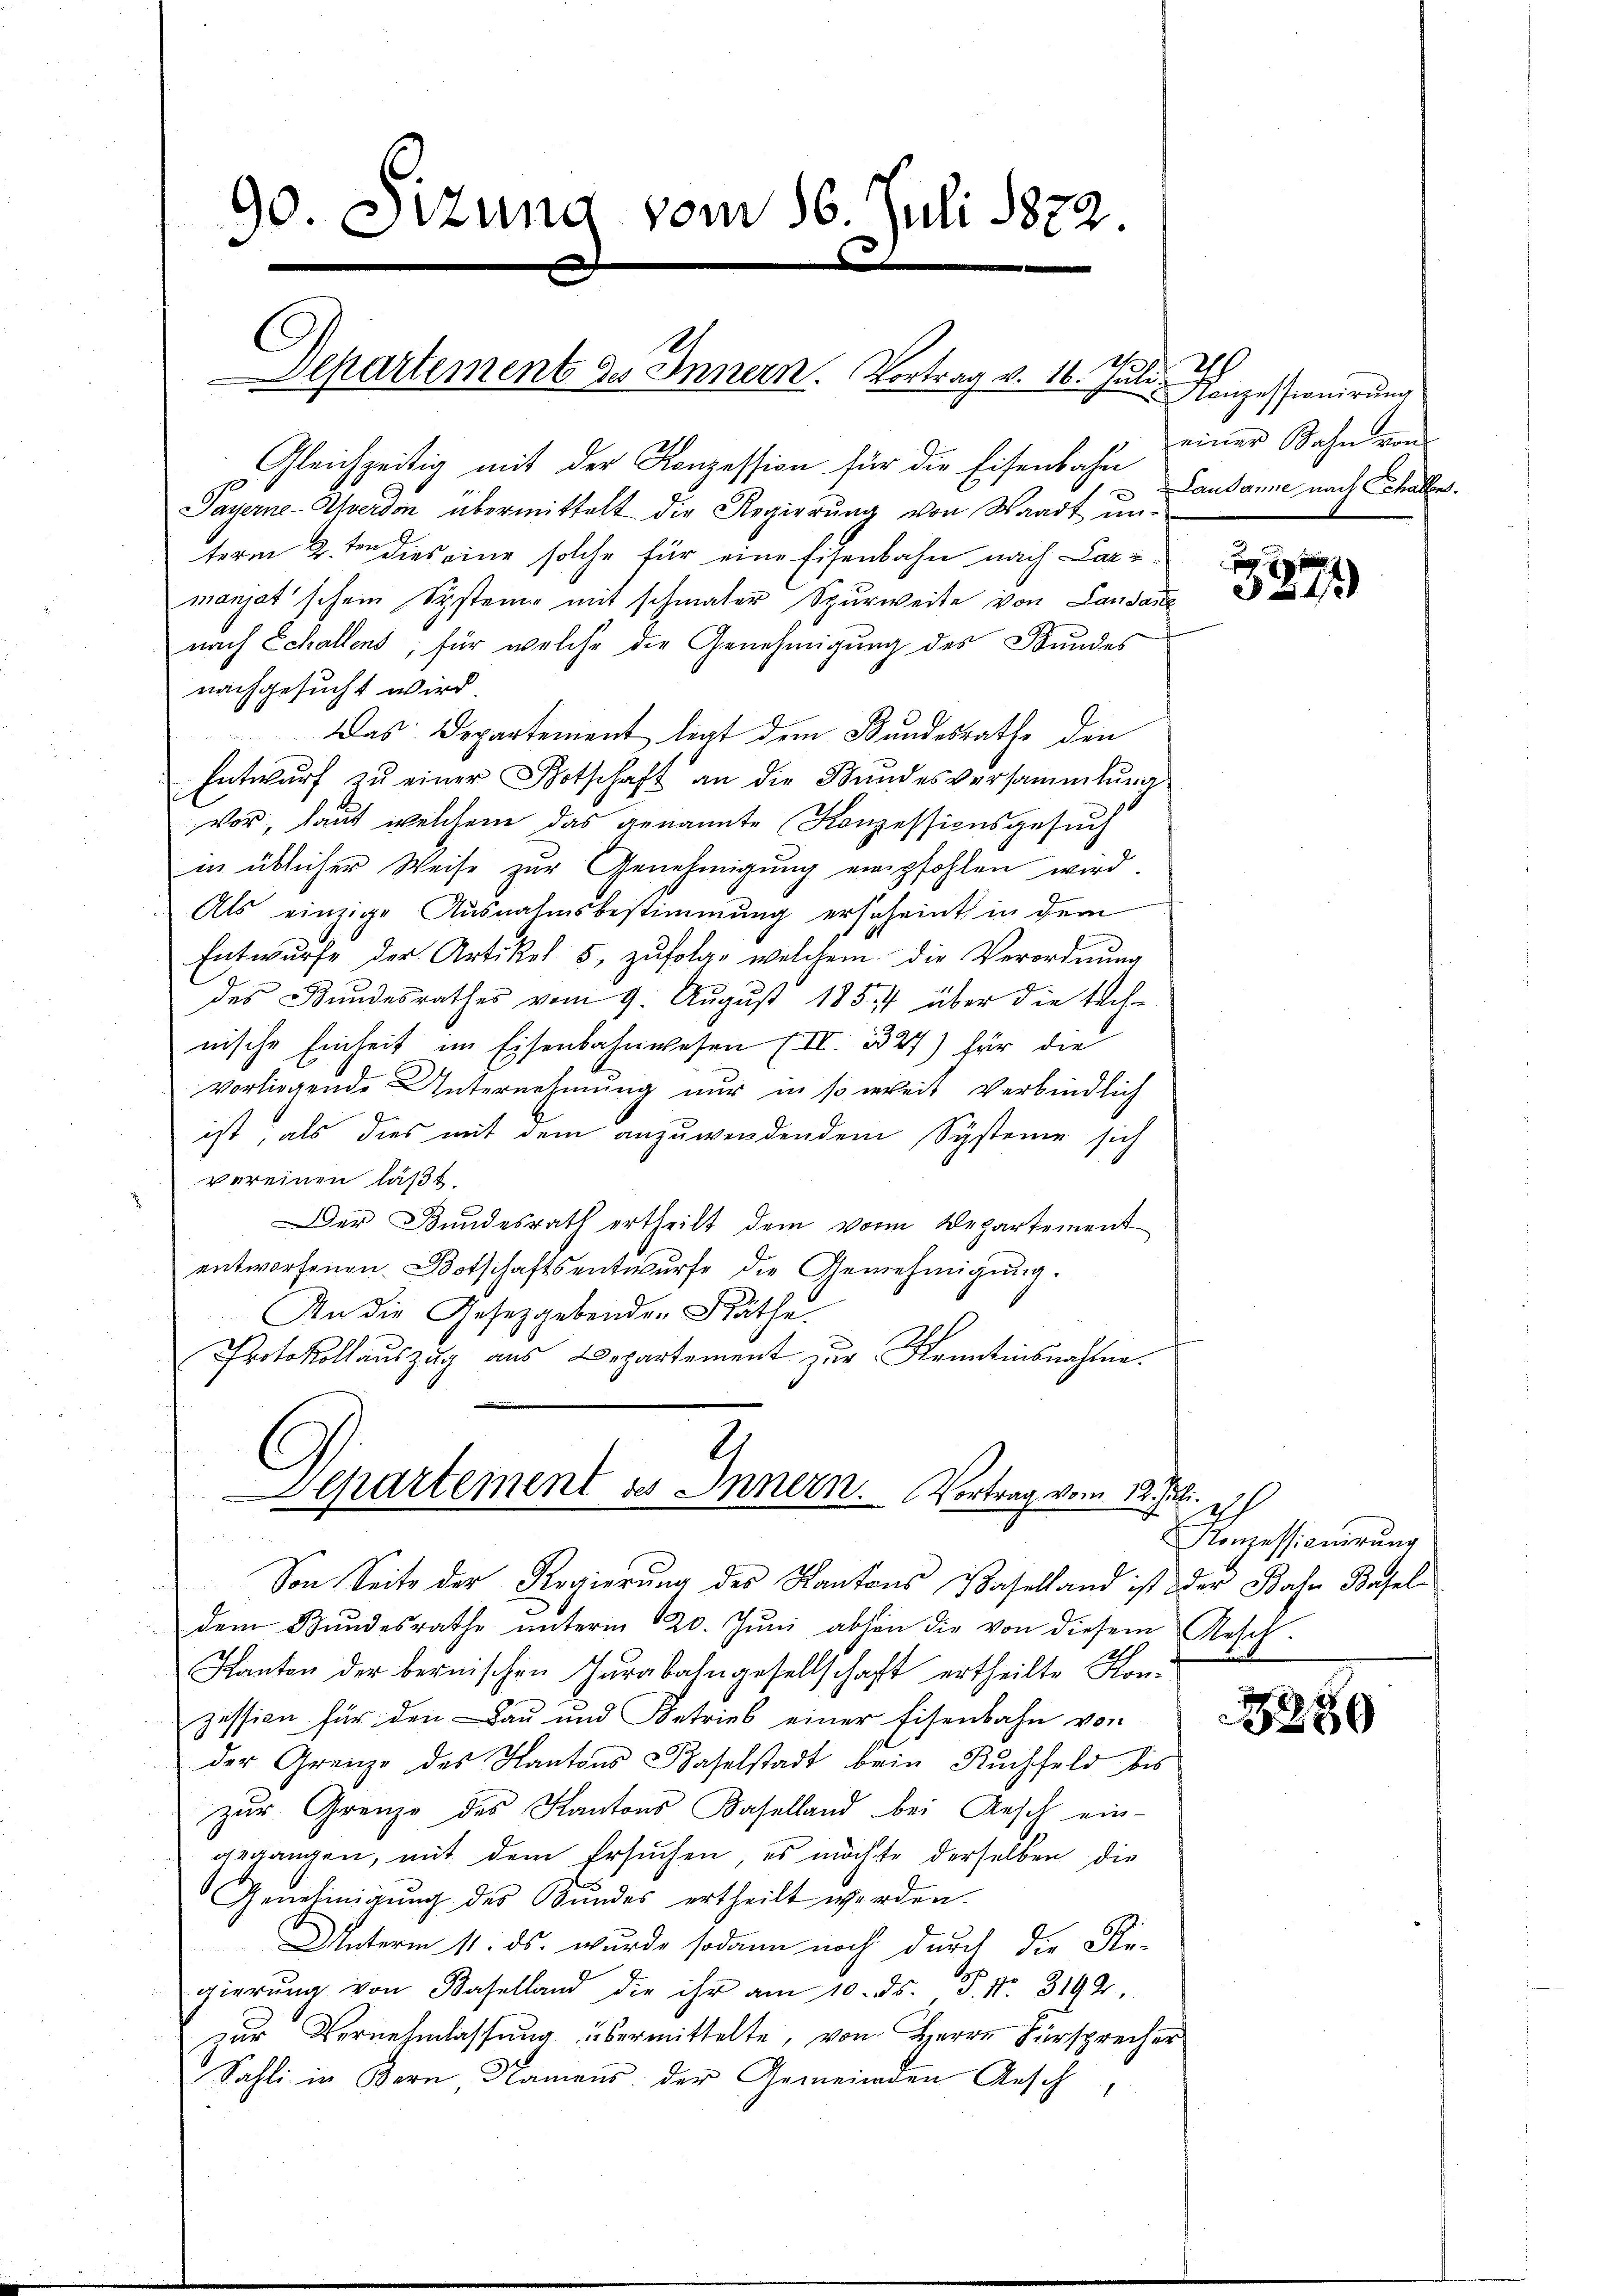
Payerne-Pferden übermittelt die Regierung von Waadt un-
term 2.ten dies eine solche für eine Eisenbahn nach Car-
manjat'schein Systeme mit schmaler Spurweite von Landanl
nach Schallens, für welche die Genehmigung des Bundes
nachgesucht wird.
Das Departement legt dem Bundesrathe den
Entwurf zu einer Botschaft an die Bundesversammlung
vor, laut welchen das genannte Konzessionsgesuch
in üblicher Weise zur Genehmigung empfohlen wird.
Als einzige Ausnahmsbestimmung erscheint in dem
Entwurfe der Artikel 5, zŭfolge welchem die Verordnung
des Bundesrathes vom 9. Aŭgŭst 1857 über die tech-
nische Einheit im Eisenbahnwesen IV 1327) für die
vorliegende Unternehmung nur in so weit verbindlich
ist; als dies mit dem anzuwendendem Systeme sich
vereinen läßt.
Der Bundesrath ertheilt dem vor Departement
entworfenen Botschaftsentwurfe die Genehmigung.
An die Gesetzgebenden Räthe
Protokollauszug aus Departement zur Kenntnisnahme.
.

90. Sizung vom 16. Juli 1872.

Departement des Innern. Vortrag v. 16. Juli 20.

Gleichzeitig mit der Konzession für die Eisenbahn Landame nach Schaller.

Separtement des Innern. Vortrag vom 12. Juli.
Von Seite der Regierung des Kantons Baselland ist der Bahn Basel¬

dem Bŭndesrathe ŭnterm 20. Jŭni abhin die von diesem Resch.
Kanton der bernischen Jurabahngesellschaft ertheilte Konzession für den Bau und Betrieb einer Eisenbahn von
.
der Grenze des Kantons Baselstadt beim Ruchfeld bis
zur Grenze des Kantons Baselland bei Ansch ein-
gegangen, mit dem Ersuchen, es möchte derselben die
Genehmigung des Bundes ertheilt werden.
Unterm 11. ds. wurde sodann noch durch die Re-
gierŭng von Baselland die ihr am 10. ds. P. Nr. 3192.
zur Vernehmlassung übermittelte, von Herrn Fürsprecher
Sahli in Bern, Namens der Gemeinden Ansch

Kanzessionirung
einer Zahn von

34

2
Konzessionirung

280